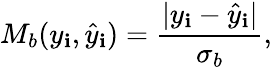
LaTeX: M_{b}(y_{\mathbf{i}},\hat{{y}}_{\mathbf{i}})=\frac{{|y_{\mathbf{i}}-\hat{{y}}_{\mathbf{i}}|}}{{\sigma_{b}}},